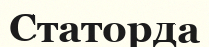
Статорда